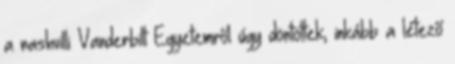
a nashvilli Vanderbilt Egyetemről úgy döntöttek, inkább a létező